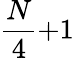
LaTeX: \frac{N}{4}{+}1